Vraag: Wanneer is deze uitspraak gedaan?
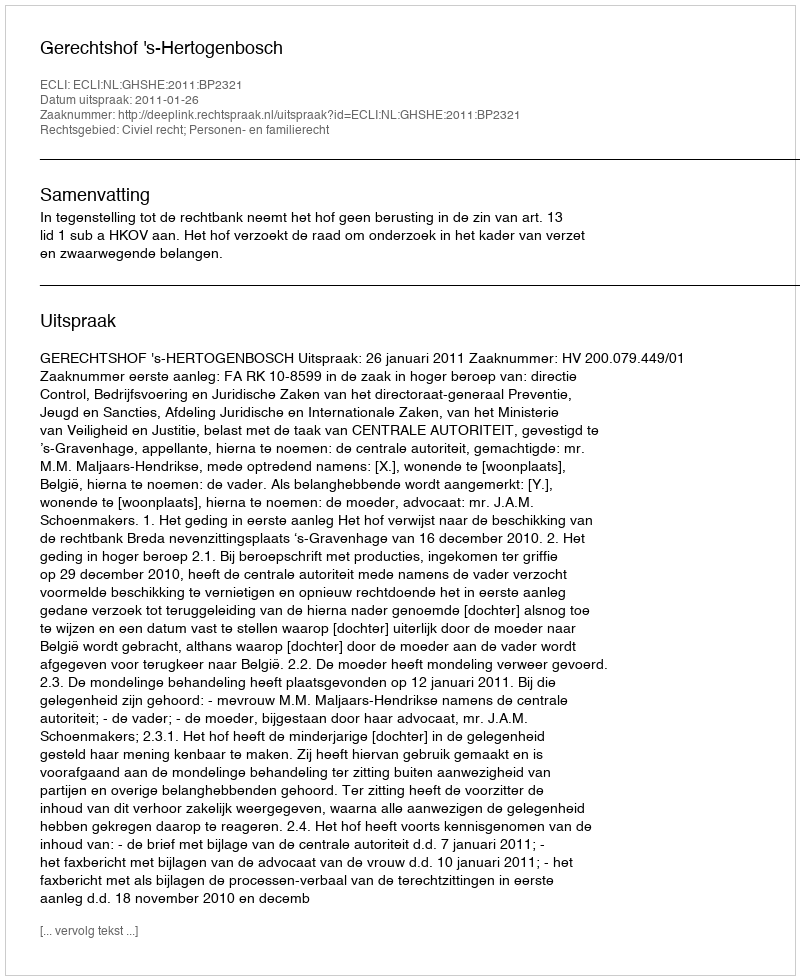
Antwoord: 2011-01-26